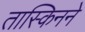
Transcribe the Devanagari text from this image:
तास्किनने